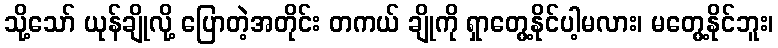
သို့သော် ယုန်ချိုလို့ ပြောတဲ့အတိုင်း တကယ် ချိုကို ရှာတွေ့နိုင်ပါ့မလား၊ မတွေ့နိုင်ဘူး၊